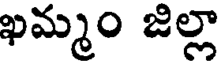
ఖమ్మం జిల్లా